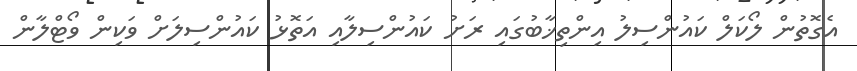
އެގޮތުން ލޯކަލް ކައުންސިލު އިންތިޚާބުގައި ރަށު ކައުންސިލާއި އަތޮޅު ކައުންސިލަށް ވަކިން ވޯޓްލާން